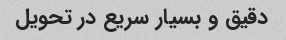
دقیق و بسیار سریع در تحویل